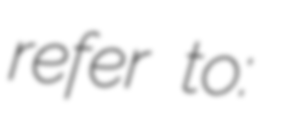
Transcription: refer to: